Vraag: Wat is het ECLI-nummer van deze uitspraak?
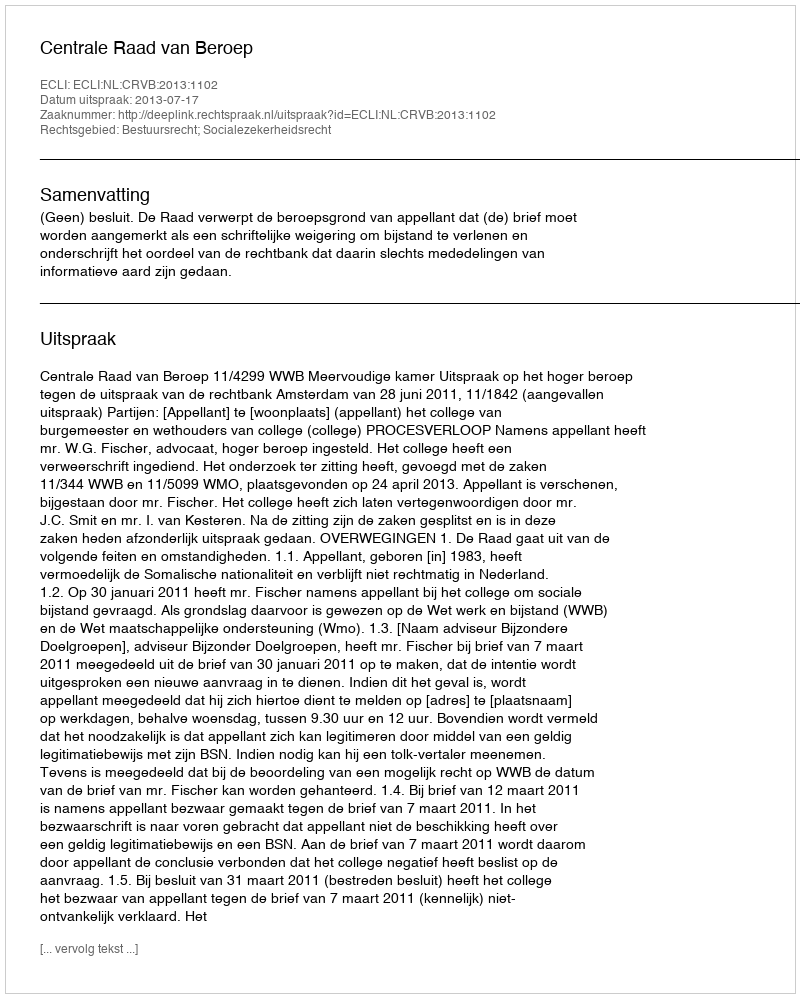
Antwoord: ECLI:NL:CRVB:2013:1102